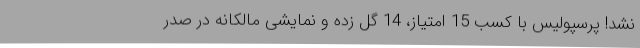
نشد! پرسپولیس با کسب 15 امتیاز، 14 گل زده و نمایشی مالکانه در صدر